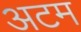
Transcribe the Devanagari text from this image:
अटम